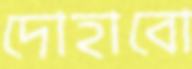
দোহাবো